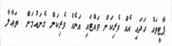
ޕާޓީތައް ހަދައި އެއް ވެރިކަން ވައްޓައި އަނެއް ވެރިކަން ގެނައުމަށް  ތަޢާލާ